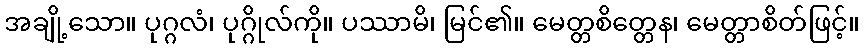
အချို့သော။ ပုဂ္ဂလံ၊ ပုဂ္ဂိုလ်ကို။ ပဿာမိ၊ မြင်၏။ မေတ္တစိတ္တေန၊ မေတ္တာစိတ်ဖြင့်။